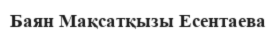
Баян Мақсатқызы Есентаева